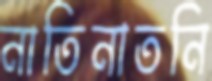
নাতিনাতনি